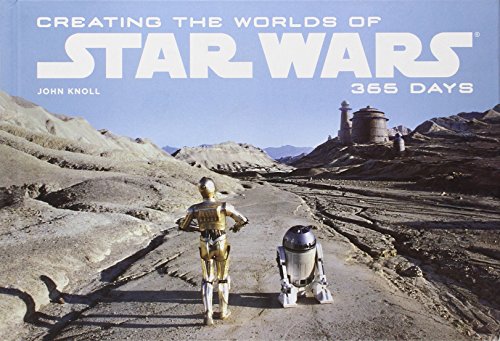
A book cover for Creating the Worlds of Star Wars: 365 Days; John Knoll; Humor & Entertainment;